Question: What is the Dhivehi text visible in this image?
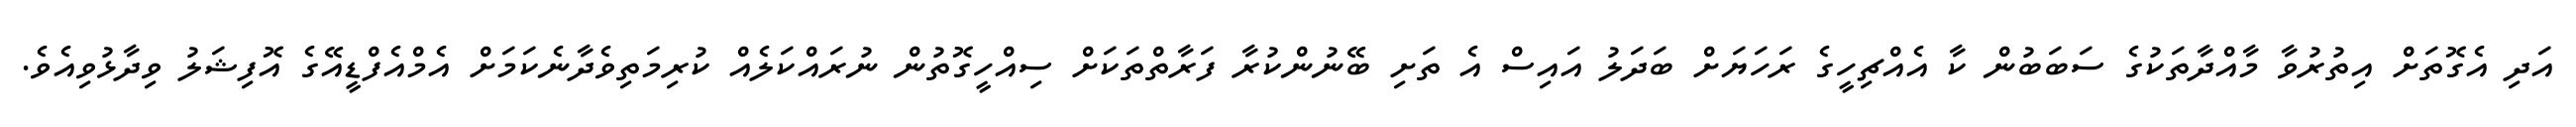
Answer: އަދި އެގޮތަށް އިތުރުވާ މާއްދާތަކުގެ ސަބަބުން ކާ އެއްޗިހީގެ ރަހަޔަށް ބަދަލު އައިސް އެ ތަށި ބޭނުންކުރާ ފަރާތްތަކަށް ސިއްހީގޮތުން ނުރައްކަލެއް ކުރިމަތިވެދާނެކަމަށް އެމްއެފްޑީއޭގެ އޮފިޝަލު ވިދާޅުވިއެވެ.